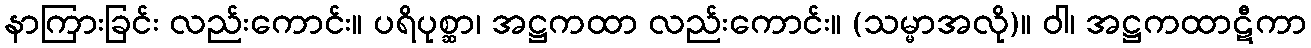
နာကြားခြင်း လည်းကောင်း။ ပရိပုစ္ဆာ၊ အဋ္ဌကထာ လည်းကောင်း။ (သမ္မာအလို)။ ဝါ၊ အဋ္ဌကထာဋီကာ